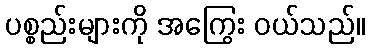
ပစ္စည်းများကို အကြွေး ဝယ်သည်။